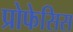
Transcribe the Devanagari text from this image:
प्रोफेसिस